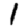
Digit: 1